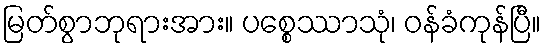
မြတ်စွာဘုရားအား။ ပစ္စေဿာသုံ၊ ဝန်ခံကုန်ပြီ။